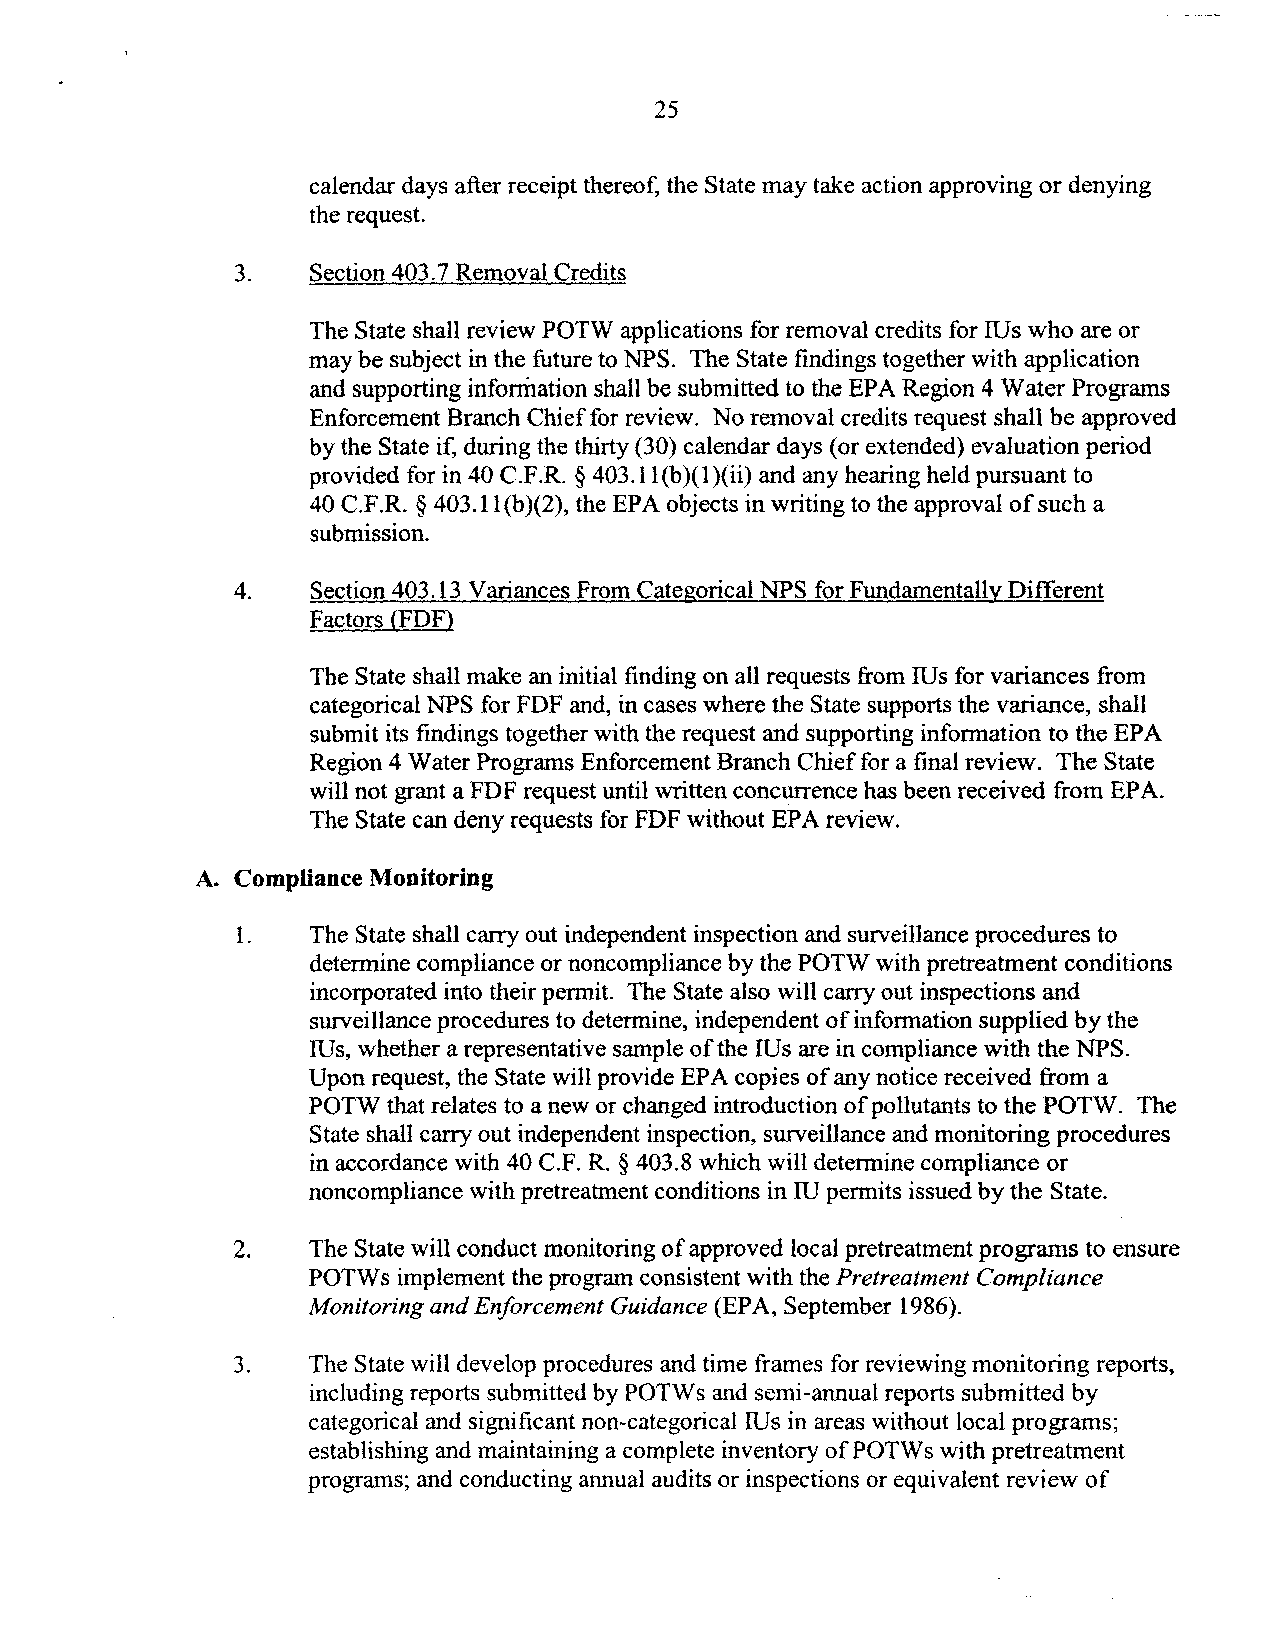
25
 calendar days after receipt thereof, the State may take action approving or denying
 the request.
 3.   Section 403.7 Removal Credits
 The State shall review POTW applications for removal credits for IUs who are or
 may be subject in the future to NPS. The State findings together with application
 and supporting information shall be submitted to the EPA Region 4 Water Programs
 Enforcement Branch Chief for review. No removal credits request shall be approved
 by the State if, during the thirty (30) calendar days (or extended) evaluation period
 provided for in 40 C.F.R. § 403.11(b)(l)(ii) and any hearing held pursuant to
 40 C.F.R. § 403.1 1( b)(2), the EPA objects in writing to the approval of such a
 submission.
 4.   Section 403.13 Variances From Categorical NPS for Fundamentally Different
 Factors (FDF)
 The State shall make an initial finding on all requests from IUs for variances from
 categorical NPS for FDF and, in cases where the State supports the variance, shall
 submit its findings together with the request and supporting information to the EPA
 Region 4 Water Programs Enforcement Branch Chief for a fmal review. The State
 will not grant a FDF request until written concurrence has been received from EPA.
 The State can deny requests for FDF without EPA review.
 A. Compliance Monitoring
 1.   The State shall carry out independent inspection and surveillance procedures to
 determine compliance or noncompliance by the POTW with pretreatment conditions
 incorporated into their permit. The State also will carry out inspections and
 surveillance procedures to determine, independent ofinformation supplied by the
 IUs, whether a representative sample ofthe IUs are in compliance with the NPS.
 Upon request, the State will provide EPA copies ofany notice received from a
 POTW that relates to a new or changed introduction ofpollutants to the POTW. The
 State shall carry out independent inspection, surveillance and monitoring procedures
 in accordance with 40 C.F. R. § 403.8 which will determine compliance or
 noncompliance with pretreatment conditions in IU permits issued by the State.
 2.   The State will conduct monitoring ofapproved local pretreatment programs to ensure
 POTWs implement the program consistent with the Pretreatment Compliance
 Monitoring and Enforcement Guidance (EPA, September 1986).
 3.   The State will develop procedures and time frames for reviewing monitoring reports,
 including reports submitted by POTW s and semi-annual reports submitted by
 categorical and significant non-categorical IUs in areas without local programs;
 establishing and maintaining a complete inventory ofPOTWs with pretreatment
 programs; and conducting annual audits or inspections or equivalent review of